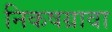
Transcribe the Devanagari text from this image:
निकषग्रावा